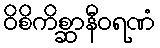
ဝိစိကိစ္ဆာနီဝရဏံ